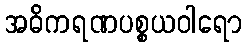
အဓိကရဏပစ္စယဝါရော